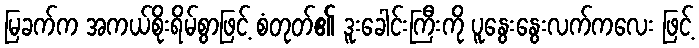
မြခက်က အကယ်စိုးရိမ်စွာဖြင့် စံတုတ်၏ ဒူးခေါင်းကြီးကို ပူနွေးနွေးလက်ကလေး ဖြင့်